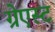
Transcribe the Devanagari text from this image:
ग्रेएस्ट